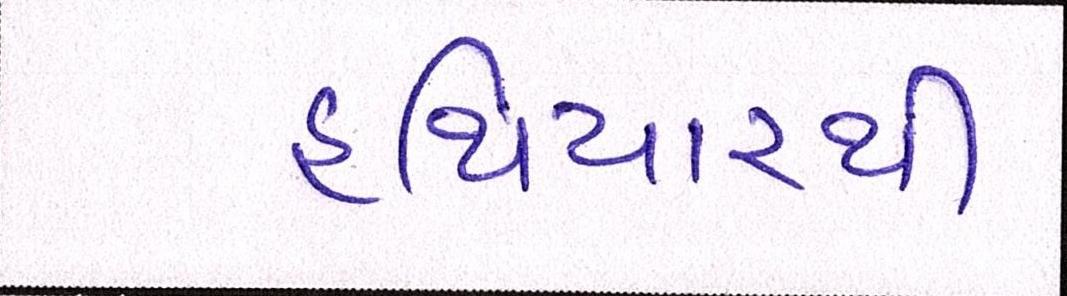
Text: હથિયારથી